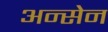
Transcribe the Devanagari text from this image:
अन्सेन